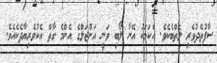
ސާފުތެދުވެރި ލޮތްބެކެވެ. އެކަމަކު އޭނާ ލޯބި ވަނީ އަންޖަލްގެ އެންމެ ގާތް އެކުވެރިޔާދެކެއެވެ.